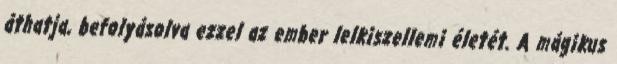
áthatja, befolyásolva ezzel az ember lelkiszellemi életét. A mágikus